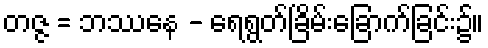
တဇ္ဇ = ဘဿနေ - ရေရွတ်ခြိမ်းခြောက်ခြင်း၌။